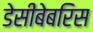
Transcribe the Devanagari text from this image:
डेसीबेबरिस